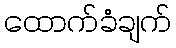
ထောက်ခံချက်